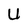
Character: U